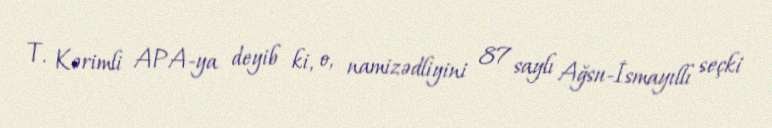
T. Kərimli APA-ya deyib ki, o, namizədliyini 87 saylı Ağsu-İsmayıllı seçki